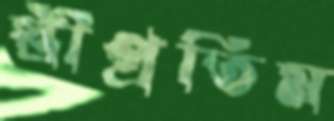
স্ত্রীপ্রতিম